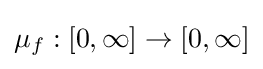
\mu _{f}:[0,\infty ]\to [0,\infty ]